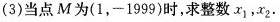
(3)当点M为(1，-1999)时，求整数x_{1}，X_{2}.